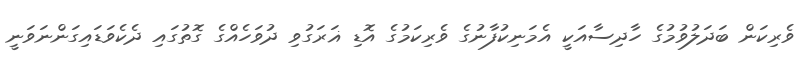
ވެރިކަން ބަދަލުވުމުގެ ހާދިސާއަކީ އެމަނިކުފާނުގެ ވެރިކަމުގެ އޮޑި ޣަރަގުވި ދުވަހެއްގެ ގޮތުގައި ދެކެވަޑައިގަންނަވަނީ